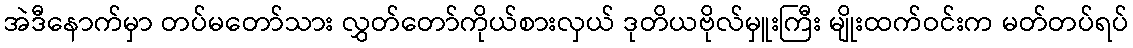
အဲဒီနောက်မှာ တပ်မတော်သား လွှတ်တော်ကိုယ်စားလှယ် ဒုတိယဗိုလ်မှူးကြီး မျိုးထက်ဝင်းက မတ်တပ်ရပ်